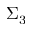
\Sigma _ { 3 }